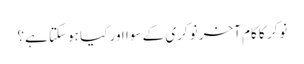
نوکر کا کام آخر نوکری کے سوا اور کیا ہوسکتا ہے؟